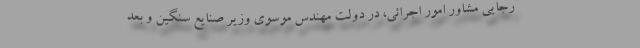
رجایی مشاور امور اجرائی، در دولت مهندس موسوی وزیر صنایع سنگین و بعد